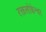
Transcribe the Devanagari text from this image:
रक्तलोकेश्वर